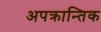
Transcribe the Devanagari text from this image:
अपक्रान्तिक